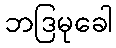
ဘဒြမုခေါ